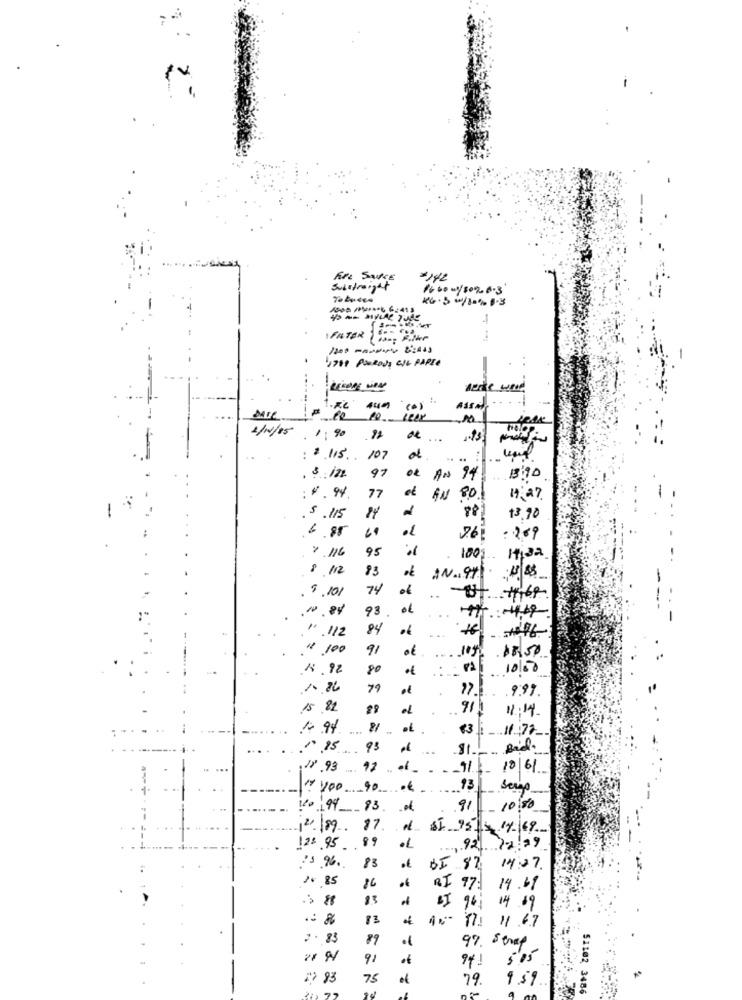
Fire Sauce
#142
Substrogget
100 00/302.0.3
KG. 5 0/10% 8.3
IFALTER
1
1700 PORody WIE PARTE
10
icex
2/4/85
1.90
...
.
: 2 115. 107
97
ok
AN 94
13:30
: * . 9%.
77
AN 80
14: 27
88
.5 .115
13.90
6.85
7.6 .2.09
95
+ 116
100 1,32
8 112
83
AN. 97 15.88
. 9 .101
74
.⑈.84
98
...
.. 112
84
$ 100
91
196 68,50
P ..
1.92
80
12 10/50
79
"7. 999.
15,82
88
911
11:14
1.94
81
.. .
13 : 11 :77
1.25.95
...
Bid.
18 93
. 92
10/61
" yoo_90
.0€
13
94
83.
.91
10:50
2/ 199
17
# 81 951 2 14-169
99
123 .95
1.92 7229
:1 96.
83
BI 82 14:27.
2. 85
86
R$ 97: 14.69
83
96: 14.09
AN- 17: 11 67
7 . 83
89
97. 5 trap
92
941
5'05
"2 93
75
79.
95%
51102 3486